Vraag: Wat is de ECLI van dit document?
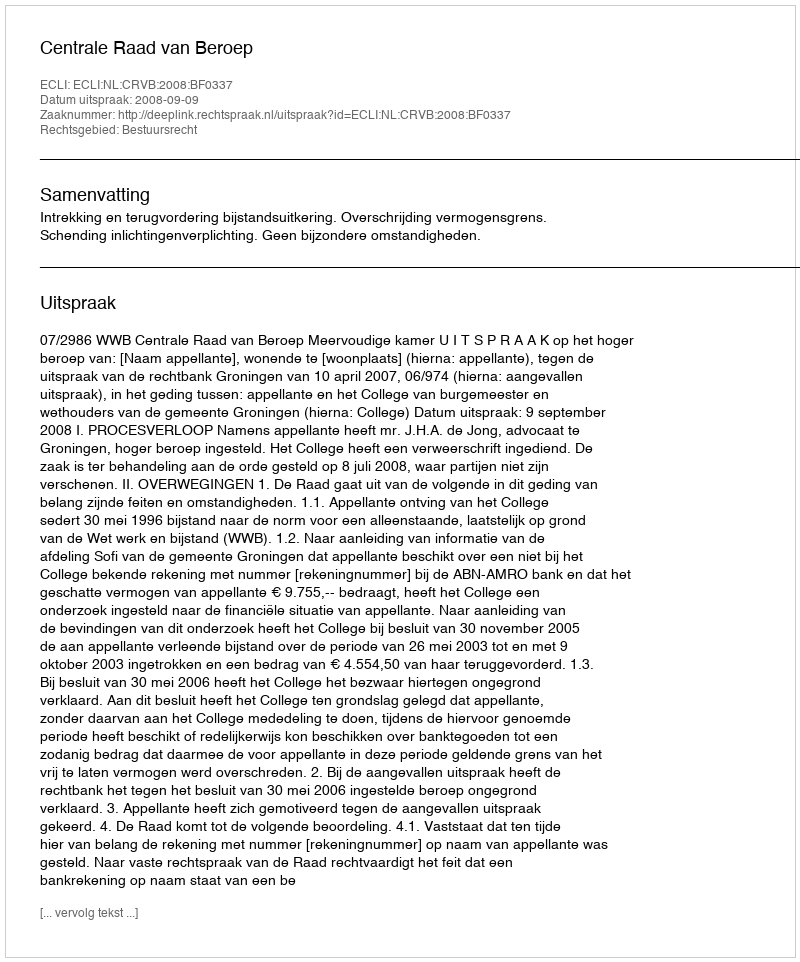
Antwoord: ECLI:NL:CRVB:2008:BF0337